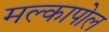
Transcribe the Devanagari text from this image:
मल्कापोल